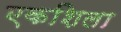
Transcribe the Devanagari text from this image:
एकशिला